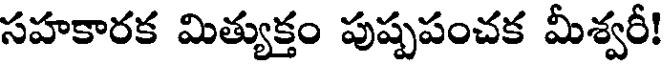
సహకారక మిత్యుక్తం పుష్పపంచక మీశ్వరీ!